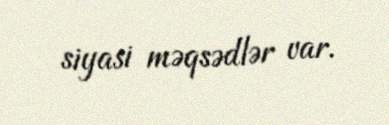
siyasi məqsədlər var.